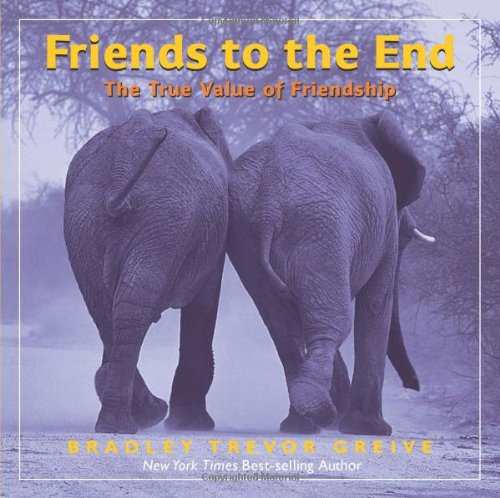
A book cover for Friends to the End: The True Value of Friendship; Bradley Trevor Greive; Arts & Photography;